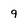
Character: q